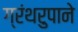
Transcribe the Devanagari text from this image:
ग्रंथरुपाने